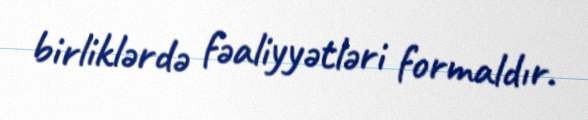
birliklərdə fəaliyyətləri formaldır.